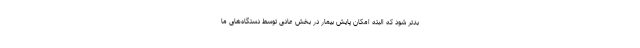
بدتر شود که البته امکان پایش بیمار در بخش عادی توسط دستگاه‌های ما